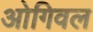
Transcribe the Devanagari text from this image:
ओगिवल